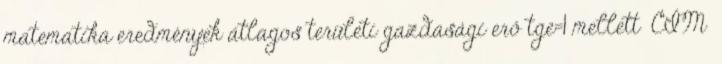
matematika eredmények átlagos területi gazdasági erő tge=1 mellett CÍM